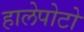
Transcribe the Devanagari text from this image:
हालेपोटो